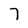
Character: 7